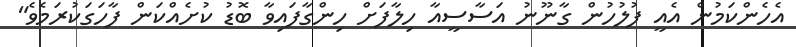
އެހެންކަމުން އެއީ ފުލުހުން ގާނޫނު އަސާސީއާ ހިލާފަށް ހިންގާފައިވާ ބޮޑު ކުށެއްކަން ފާހަގަކުރަމެވެ"